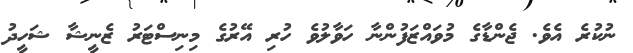
ނުކުރެ އެވެ. ޖެންޑާގެ މުވައްޒަފުންނާ ހަވާލުވެ ހުރި އޭރުގެ މިނިސްޓަރު ޒެނީޝާ ޝަހީދު